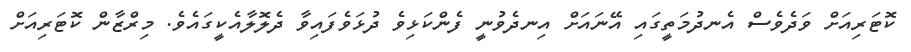
ކޮޓަރިއަށް ވަދެވެސް އެނދުމަތީގައި އޭނައަށް އިނދެވުނީ ފެންކަޅިވެ ދުޅަވެފައިވާ ދެލޮލާއެކީގައެވެ. މިރްޒާން ކޮޓަރިއަށް